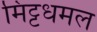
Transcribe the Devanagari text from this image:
मिट्टधमल